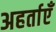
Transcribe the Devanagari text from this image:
अहर्ताएँ